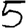
Digit: 5